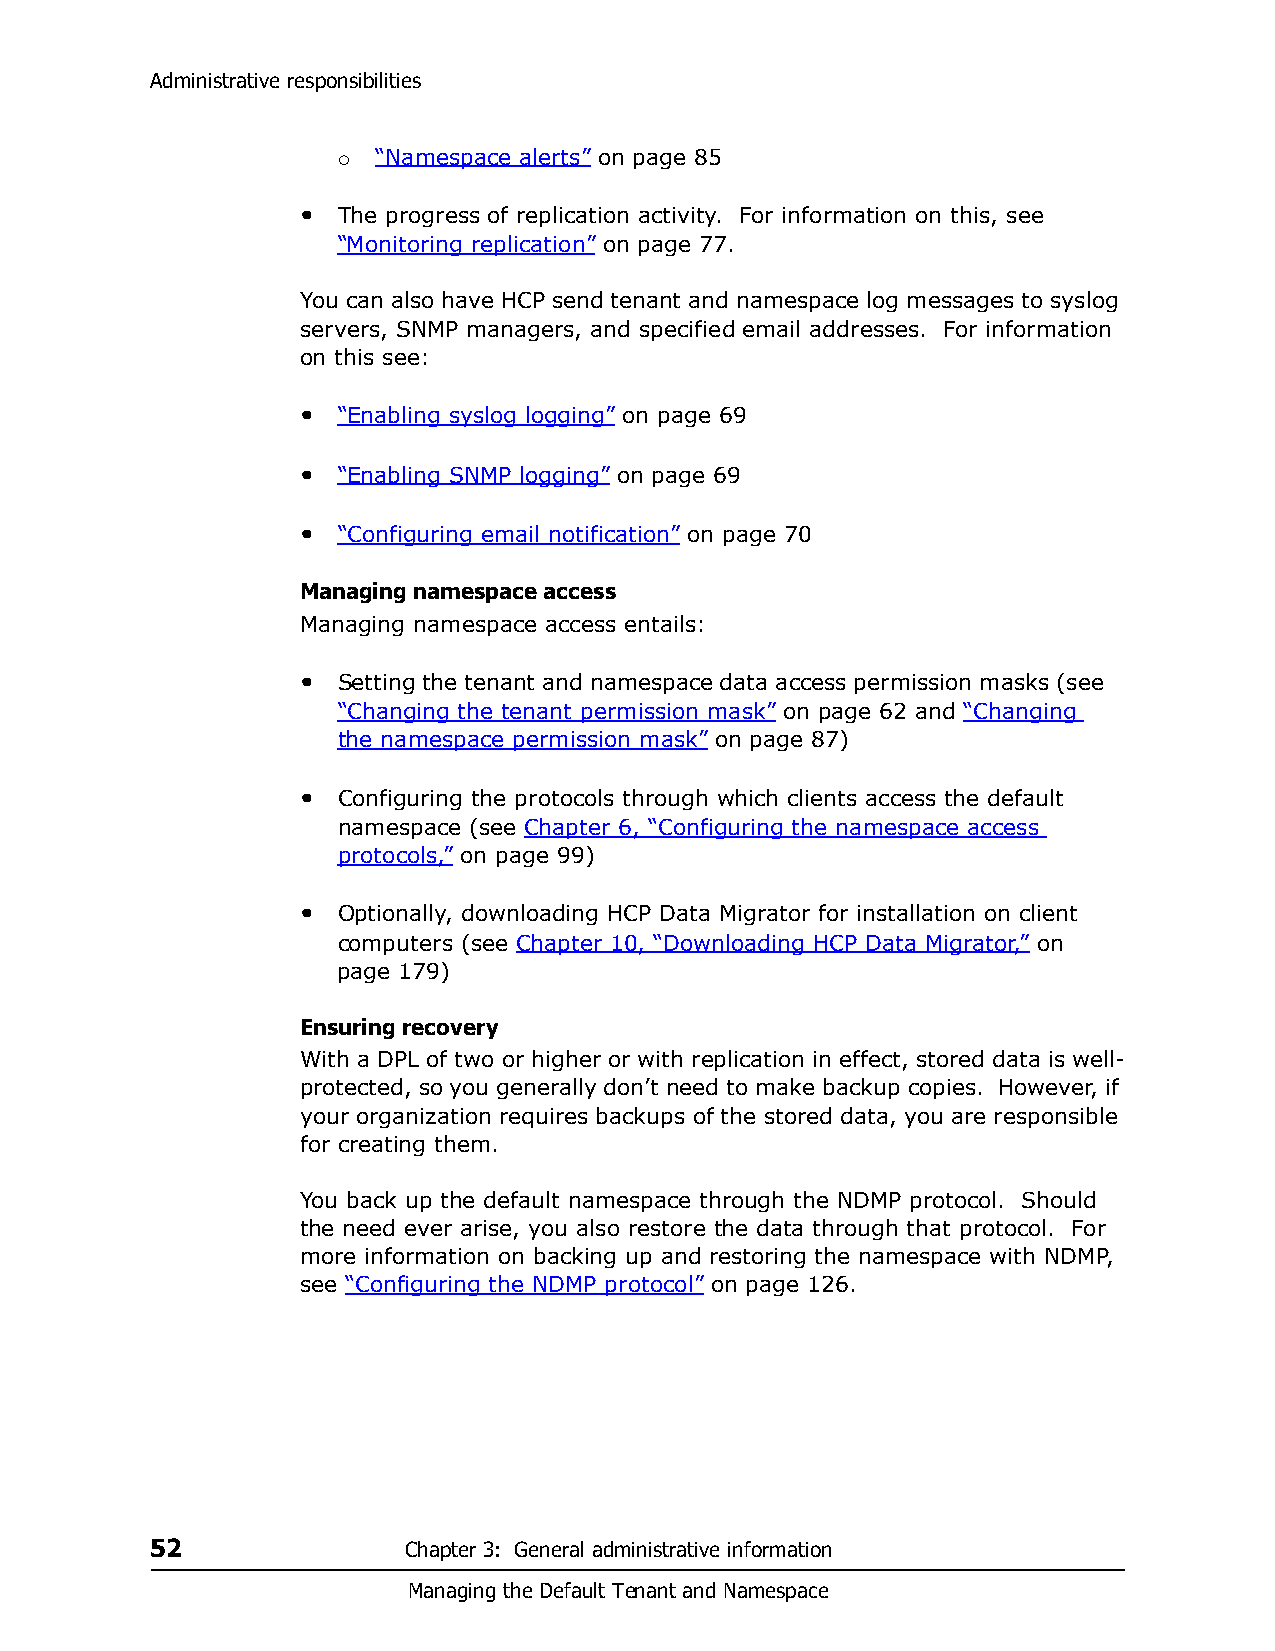
Administrative responsibilities
 “Namespace alerts” on page 85
 
 • The progress of replication activity. For information on this, see
 “Monitoring replication” on page 77.
 You can also have HCP send tenant and namespace log messages to syslog
 servers, SNMP managers, and specified email addresses. For information
 on this see:
 • “Enabling syslog logging” on page 69
 • “Enabling SNMP logging” on page 69
 • “Configuring email notification” on page 70
 Managing namespace access
 Managing namespace access entails:
 • Setting the tenant and namespace data access permission masks (see
 “Changing the tenant permission mask” on page 62 and “Changing
 the namespace permission mask” on page 87)
 • Configuring the protocols through which clients access the default
 namespace (see Chapter 6, “Configuring the namespace access
 protocols,” on page 99)
 • Optionally, downloading HCP Data Migrator for installation on client
 computers (see Chapter 10, “Downloading HCP Data Migrator,” on
 page 179)
 Ensuring recovery
 With a DPL of two or higher or with replication in effect, stored data is well-
 protected, so you generally don’t need to make backup copies. However, if
 your organization requires backups of the stored data, you are responsible
 for creating them.
 You back up the default namespace through the NDMP protocol. Should
 the need ever arise, you also restore the data through that protocol. For
 more information on backing up and restoring the namespace with NDMP,
 see “Configuring the NDMP protocol” on page 126.
 52               Chapter 3: General administrative information
 Managing the Default Tenant and Namespace